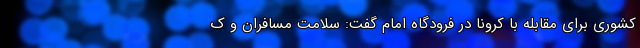
کشوری برای مقابله با کرونا در فرودگاه امام گفت: سلامت مسافران و ک